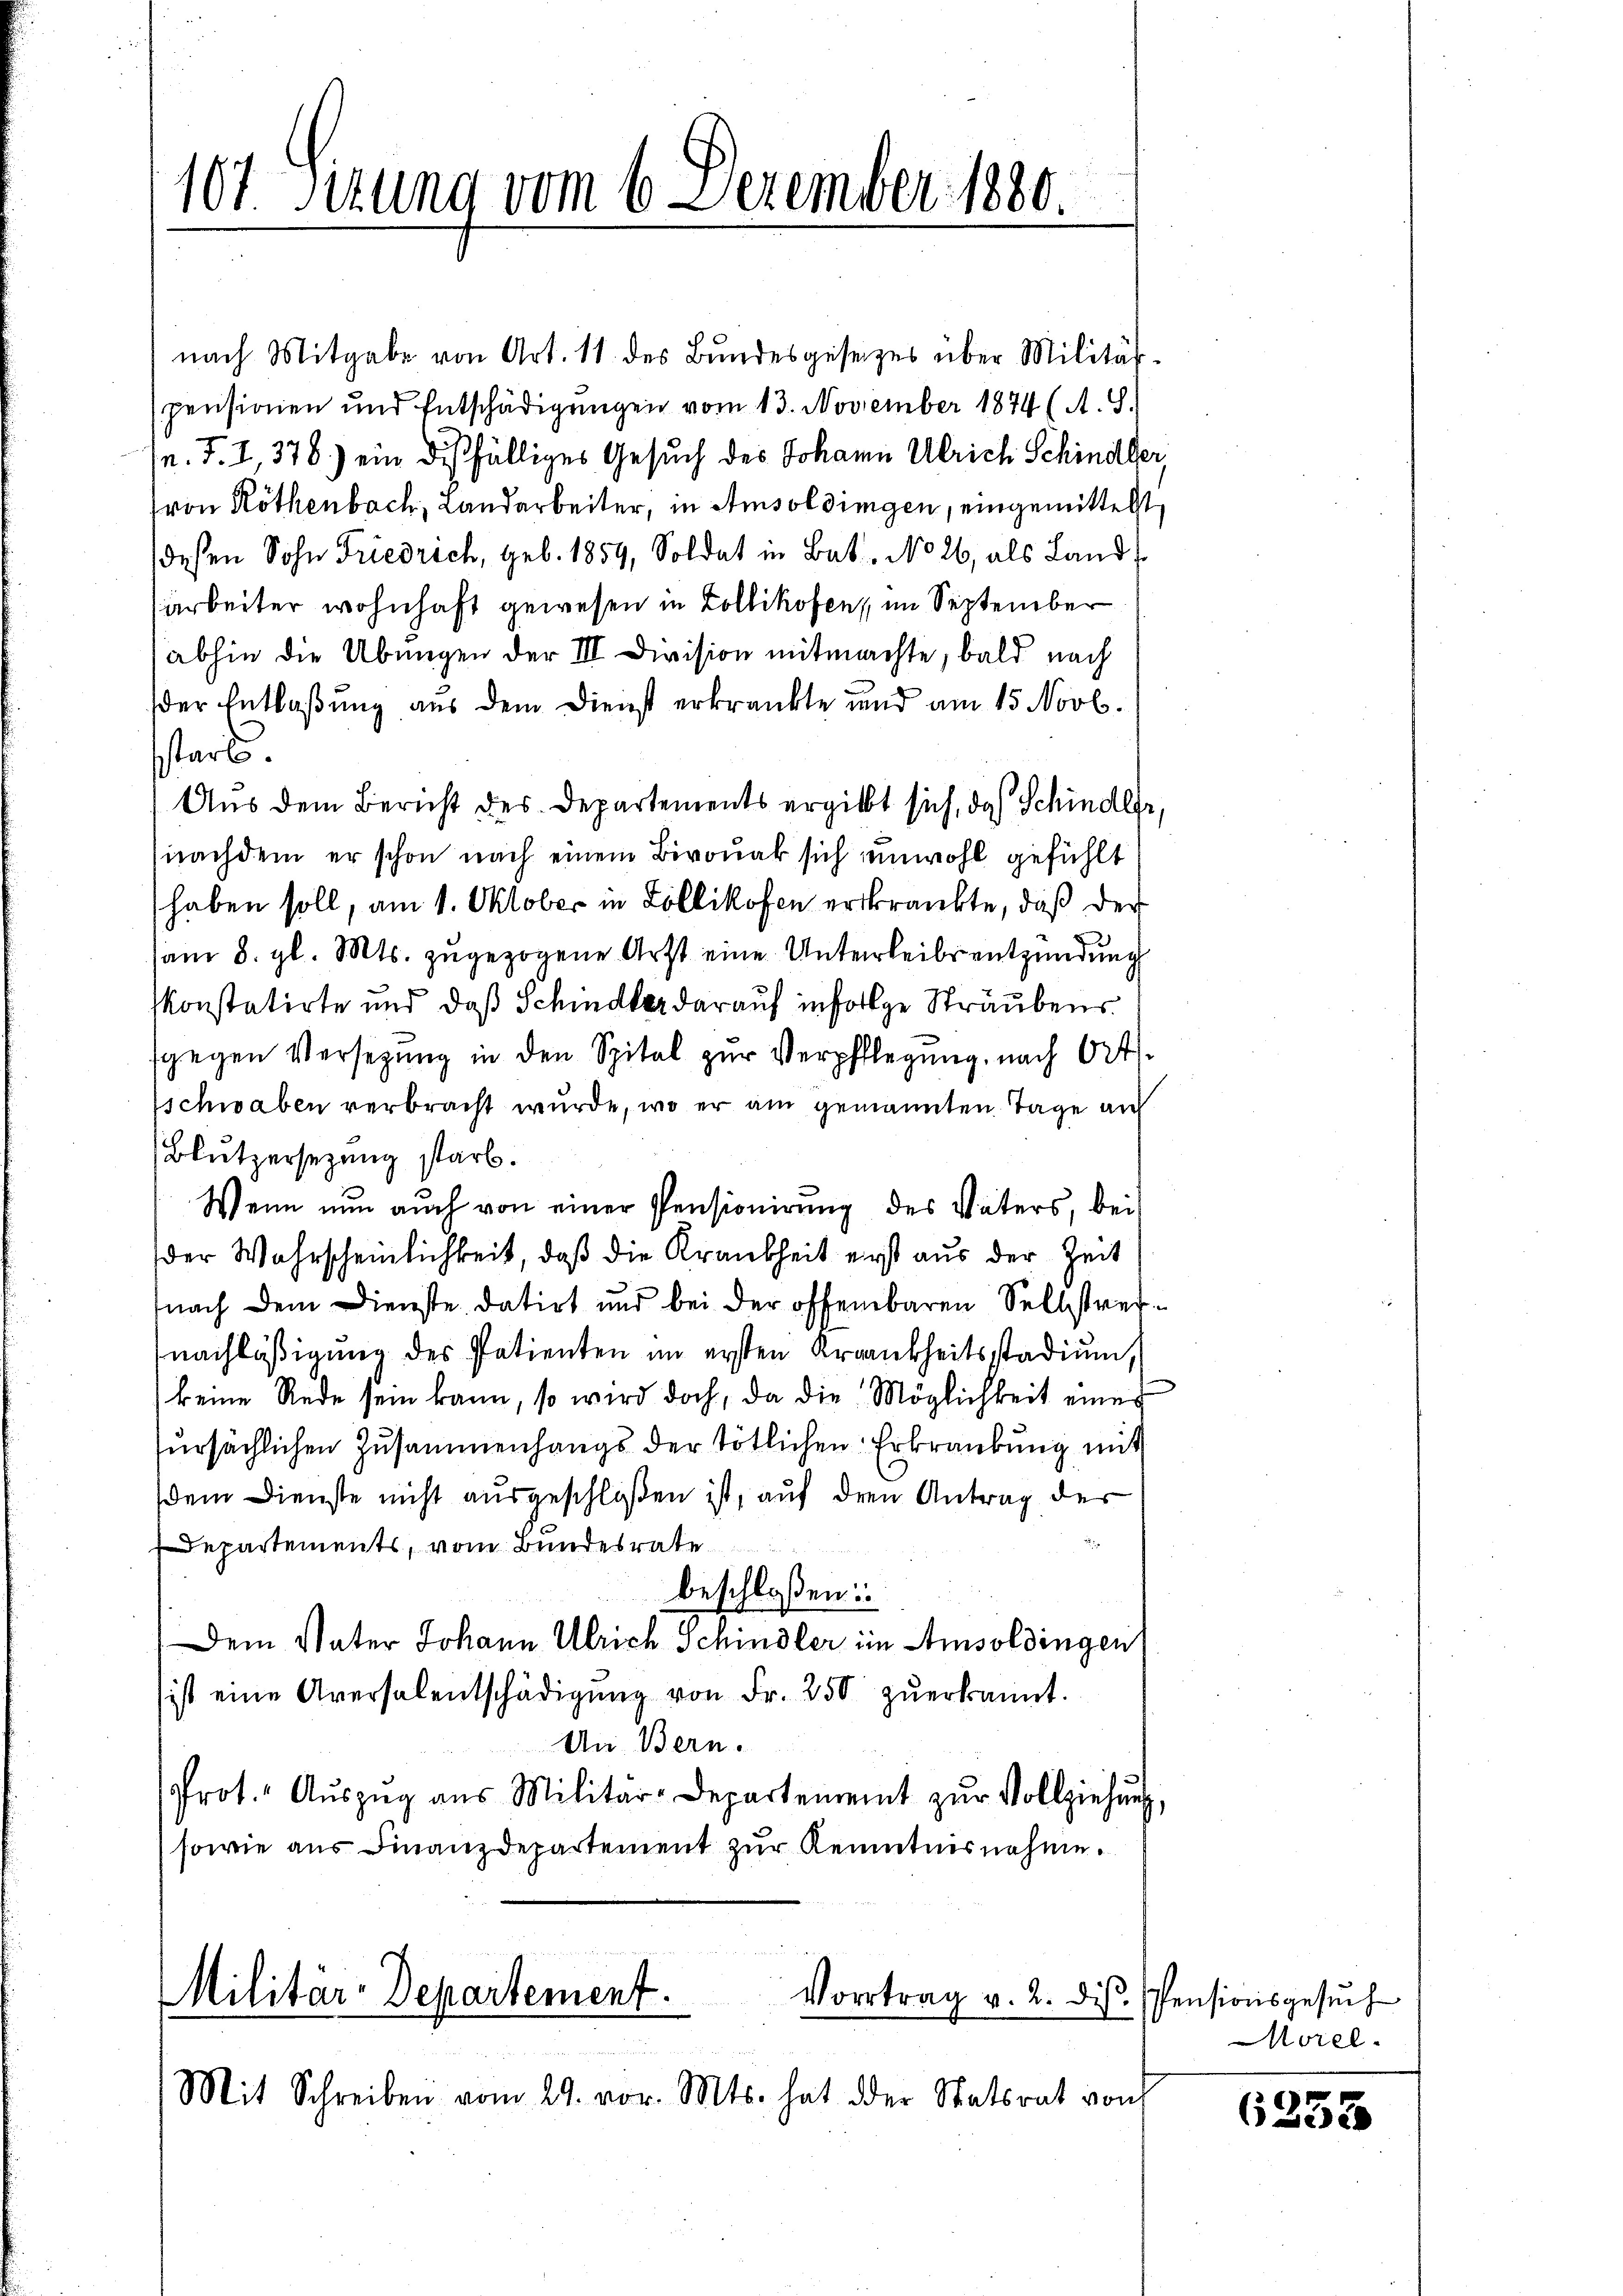
107. Sitzung vom 6. Dezember 1880.

nach Mitgabe von Art. 11. des Bundesgesezes über Militärspensionen und Entschädigungen vom 13. November 1874 (A. S.
n. F. I, 378) ein dießfälliges Gesuch des Johann Ulrich Schindle
(von Röthenbach, Landarbeiter, in Amsoldingen, eingemittelst
deßen Sohn Friedrich, geb. 1859, Soldat in Bat. No 26, als Land
arbeiter wohnhaft gewesen in Zollikofen, im September
abhin die Übungen der III Division mitmachte, bald nach
der Entlaßung aus dem Dienst erkränkte und am 15. Novb.
starb.
Aus dem Bericht des Departements ergiebt sich, das Schinder
(nachdem er schon nach einem Birouak sich unwohl gefühlt
haben soll, am 1. Oktober in Zollikofen erkränkte, daß der
am 8. gl. Mts. zugezogene Arzt eine Unterleibsentzündung
konstatirte und daß Schindler darauf infolge Sträubens.
sgegen Versetzŭng in den Spital zur Verpflegung, nach Ort
schwaben verbracht wurde, wo er am genannten Tage au
Blützersezung starb.
Wenn nun auch von einer Pensionirung des Vaters, bei
der Wahrscheinlichkeit, daß die Krankheit erst aus der Zeit
nach dem Dienste datirt und bei der offenbaren Selbstref
nachlässigung des Patienten im ersten Krankheitsstadium,
keine Rede sein kann, so wird doch, da die Möglichkeit eines
sursachlichen Zusammenhangs der tötlichen Erkrankung mit
dem Dienste nicht ausgeschloßen ist, auf den Antrag der
Departements, vom Bundesrate
beschloßen:
Dem Vater Johann Ulrich Schindler im Amsoldingen
ist eine Aversalentschädigŭng von Fr. 250 zŭerkannt.
An Bern.
Prot. Aŭszŭg aŭs Militar-Departement zŭr Vollziehung
sowie aus Finanzdepartement zur Kenntnisnahme.

Militär-Departement.
Vortrag v. 2. dis
Mit Schreiben vom 29. vor. Mts. hat der Statsrat von

s
1

Pensionsgesuch
Morel

6253